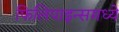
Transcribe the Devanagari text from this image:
फिलिपाइन्समध्ये